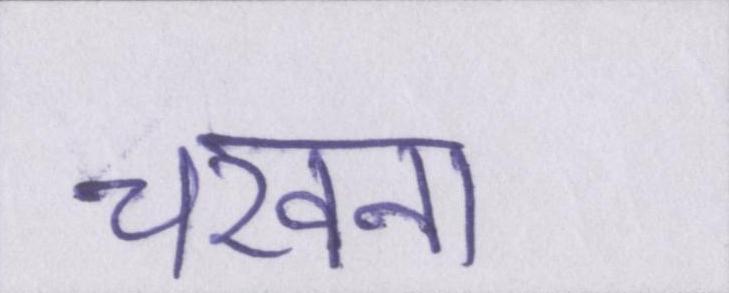
चखना